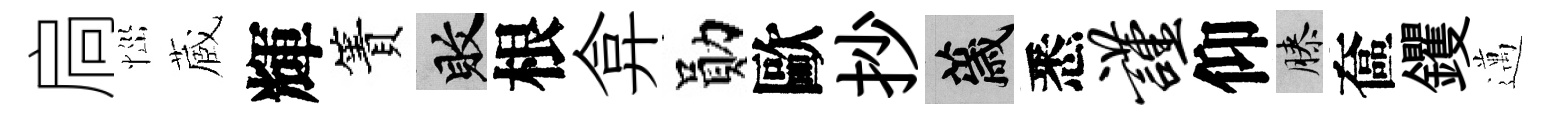
扃𢙉蔵輝簀敗根弇勛歐抄薉悉谨仰膝奩钁邁